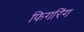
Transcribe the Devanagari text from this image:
फिगरिंग